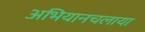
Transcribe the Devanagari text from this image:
अभियानचलाया